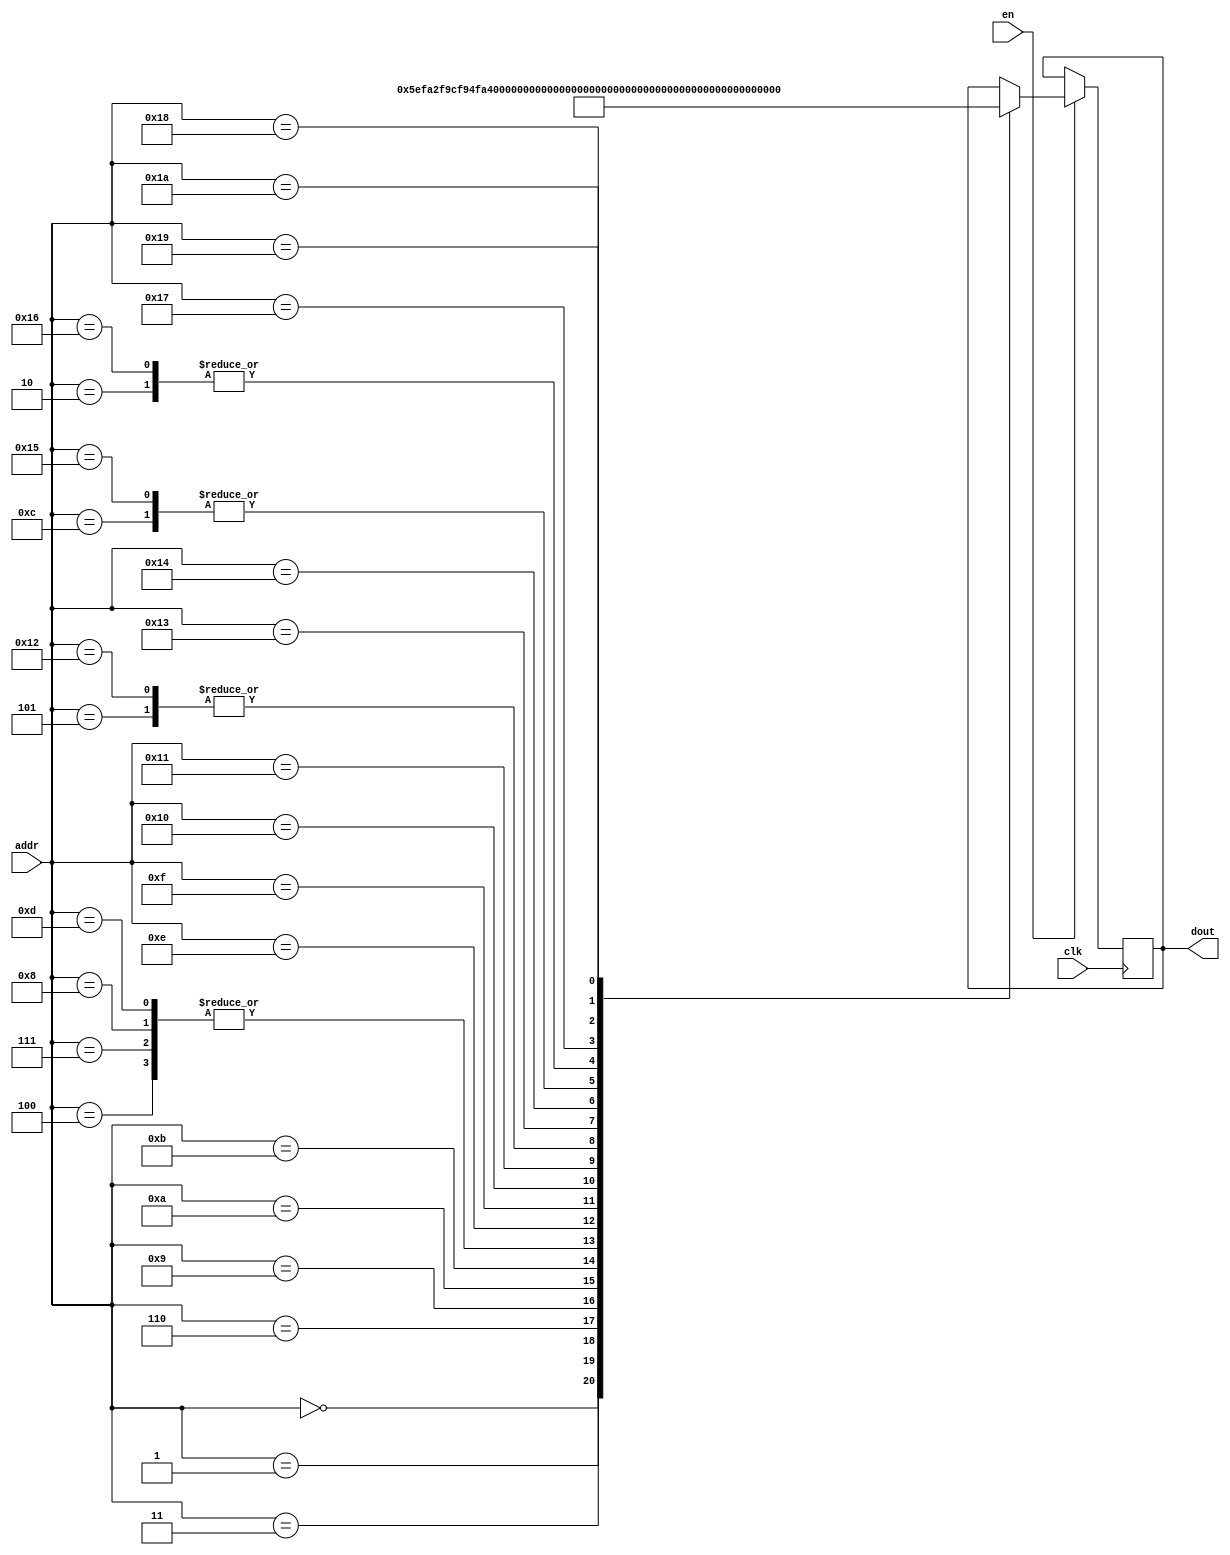
`timescale 1ns / 1ps
/*
Copyright
All right reserved.
Module Name: rom_syn
Author  : Zichuan Liu, Yixing Li and Wenye Liu.
Description:
A synthesized ROM: ROM_DEP x ROM_WID
*/
module DC_10_REF_SCALE_ROM_0(
// inputs
clk,
en,
addr,
// outputs
dout
);
localparam ROM_WID = 12;
localparam ROM_DEP = 27;
localparam ROM_ADDR = 5;
// input definition
input clk;
input en;
input [ROM_ADDR-1:0] addr;
// output definition
output [ROM_WID-1:0] dout;
reg [ROM_WID-1:0] data;
always @(posedge clk)
begin
if (en) begin
case(addr)
		5'd0: data <= 12'b000001011110;
		5'd1: data <= 12'b111110100010;
		5'd2: data <= 12'b000001101110;
		5'd3: data <= 12'b111110011100;
		5'd4: data <= 12'b111110011000;
		5'd5: data <= 12'b111110011111;
		5'd6: data <= 12'b111110010100;
		5'd7: data <= 12'b111110011000;
		5'd8: data <= 12'b111110011000;
		5'd9: data <= 12'b111110100011;
		5'd10: data <= 12'b000001111100;
		5'd11: data <= 12'b111110001100;
		5'd12: data <= 12'b111110011001;
		5'd13: data <= 12'b111110011000;
		5'd14: data <= 12'b000001100010;
		5'd15: data <= 12'b111110011011;
		5'd16: data <= 12'b000001101011;
		5'd17: data <= 12'b111101111000;
		5'd18: data <= 12'b111110011111;
		5'd19: data <= 12'b111110011101;
		5'd20: data <= 12'b111110011110;
		5'd21: data <= 12'b111110011001;
		5'd22: data <= 12'b000001101110;
		5'd23: data <= 12'b111110010000;
		5'd24: data <= 12'b000010000110;
		5'd25: data <= 12'b111110010110;
		5'd26: data <= 12'b000001111110;
		endcase
		end
	end
	assign dout = data;
endmodule